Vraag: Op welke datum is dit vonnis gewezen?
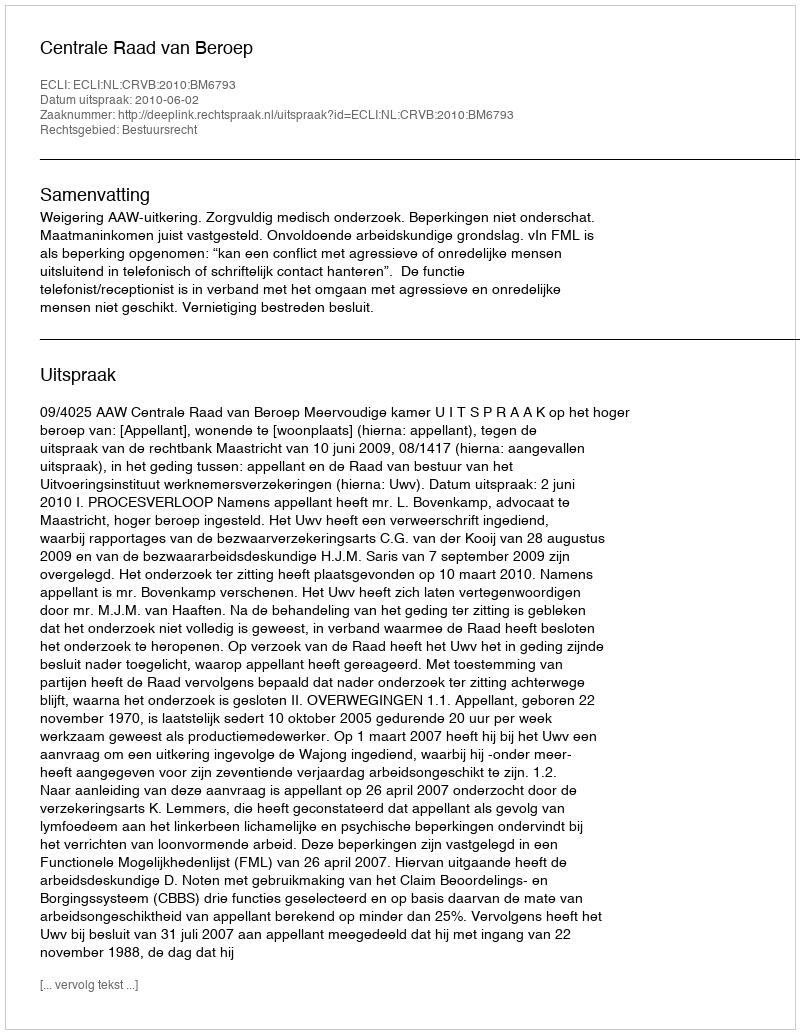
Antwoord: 2010-06-02